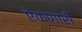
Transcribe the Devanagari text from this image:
ऐकणारी